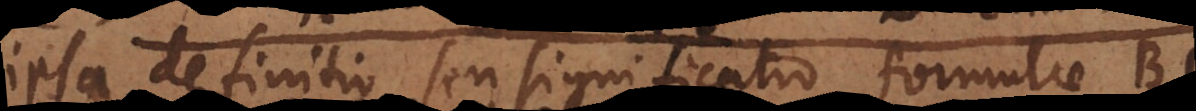
ipsa definitio seu significatio formulae BC.